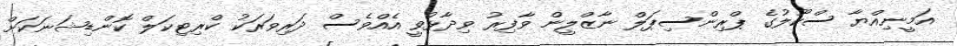
އަމީނިއްޔާ ސްކޫލުގެ ޕްރިންސިޕަލް ނާޒްލީން ވާފިރު ވިދާޅުވީ އެއްވެސް ދަރިވަރަކު ކްރިޓިކަލް ކޮންޑިޝަނަކަށް